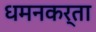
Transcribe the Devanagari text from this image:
धमनकर्ता